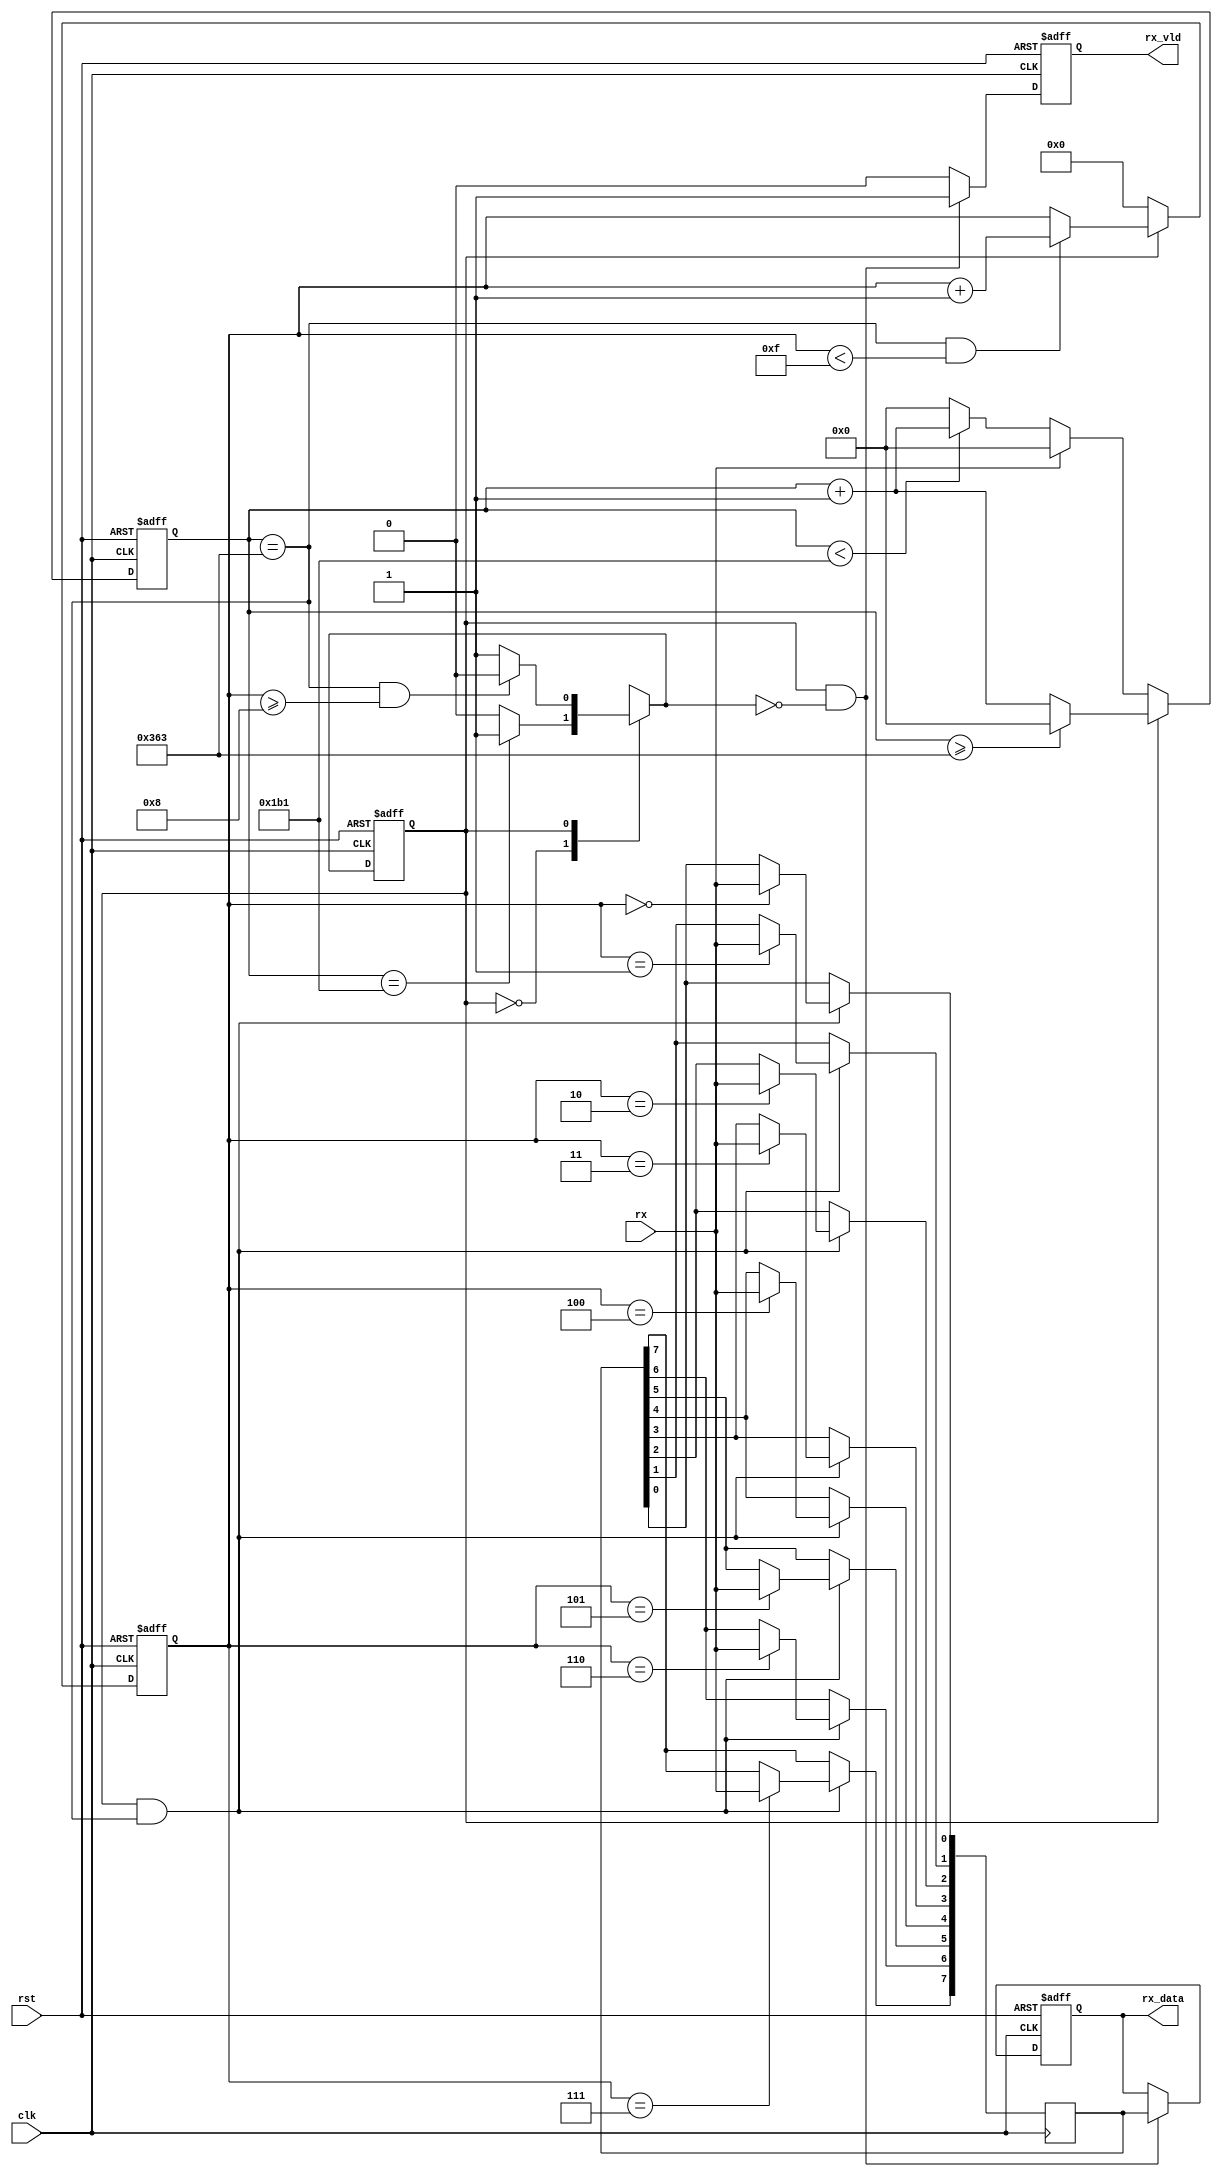
`timescale 1ns / 1ps
//////////////////////////////////////////////////////////////////////////////////
// Company: 
// Engineer: 
// 
// Design Name: 
// Module Name: uart
// Project Name: 
// Target Devices: 
// Tool Versions: 
// Description: 
// 
// Dependencies: 
// 
// Revision:
// Revision 0.01 - File Created
// Additional Comments:
// 
//////////////////////////////////////////////////////////////////////////////////


module rx(
    input clk,rst,
    input rx,
    output reg rx_vld,
    output reg [7:0] rx_data
    );
    parameter DIV_CNT = 10'd867;
    parameter HDIV_CNT = 10'd433;
    parameter RX_CNT = 4'h8;
    parameter C_IDLE = 1'b0;
    parameter C_RX = 1'b1;
    
    reg curr_state;
    reg next_state;
    reg [9:0] div_cnt;
    reg [3:0] rx_cnt;
    reg [7:0] rx_reg;
    wire rx_pulse;
    
    always@(posedge clk or posedge rst)
    begin
        if(rst)
            curr_state <= C_IDLE;
        else
            curr_state <= next_state;
    end
    always@(*)
    begin
        case(curr_state)
          C_IDLE:
            if(div_cnt==HDIV_CNT)
                next_state = C_RX;
            else
                next_state = C_IDLE;
          C_RX:
            if((div_cnt==DIV_CNT)&&(rx_cnt>=RX_CNT))
                next_state = C_IDLE;
            else
                next_state = C_RX;
        endcase
    end
    always@(posedge clk or posedge rst)
    begin
        if(rst)
            div_cnt <= 10'h0;
        else if(curr_state == C_IDLE)
        begin
            if(rx==1'b1)
                div_cnt <= 10'h0;
            else if(div_cnt < HDIV_CNT)
                div_cnt <= div_cnt + 10'h1;
            else
                div_cnt <= 10'h0;
        end
        else if(curr_state == C_RX)
        begin
            if(div_cnt >= DIV_CNT)
                div_cnt <= 10'h0;
            else
                div_cnt <= div_cnt + 10'h1;
        end
    end
    always@(posedge clk or posedge rst)
    begin
        if(rst)
            rx_cnt <= 4'h0;
        else if(curr_state == C_IDLE)
            rx_cnt <= 4'h0;
        else if((div_cnt == DIV_CNT)&&(rx_cnt<4'hF))
            rx_cnt <= rx_cnt + 1'b1;
    end

    assign rx_pulse = (curr_state==C_RX)&&(div_cnt==DIV_CNT);

    always@(posedge clk)
    begin
        if(rx_pulse)
        begin
          case(rx_cnt)
            4'h0: rx_reg[0] <= rx;
            4'h1: rx_reg[1] <= rx;
            4'h2: rx_reg[2] <= rx;
            4'h3: rx_reg[3] <= rx;
            4'h4: rx_reg[4] <= rx;
            4'h5: rx_reg[5] <= rx;
            4'h6: rx_reg[6] <= rx;
            4'h7: rx_reg[7] <= rx;
          endcase
        end
    end
    always@(posedge clk or posedge rst)
    begin
        if(rst)
        begin
            rx_vld <= 1'b0;
            rx_data <= 8'h55;
        end
        else if((curr_state==C_RX)&&(next_state==C_IDLE))
        begin
            rx_vld <= 1'b1;
            rx_data <= rx_reg;
        end
        else
            rx_vld <= 1'b0;
    end
endmodule

//////////////////////////////////////////////////////////////////////////////////

module tx(
    input clk, rst,
    output reg tx,
	input tx_ready,
	output reg tx_rd,
	input[7:0] tx_data
);
    parameter DIV_CNT = 10'd867;
    parameter HDIV_CNT = 10'd433;
    parameter TX_CNT = 4'h9;
    parameter C_IDLE = 1'b0;
    parameter C_TX = 1'b1;

    reg curr_state, next_state;
    reg[9:0] div_cnt;
    reg[4:0] tx_cnt;
    reg[7:0] tx_reg;
    always@(posedge clk or posedge rst)
    begin
    if (rst)
        curr_state <= C_IDLE;
    else
        curr_state <= next_state;
    end
    always@(*)
    begin
      case(curr_state)
        C_IDLE:
	      if (tx_ready == 1'b1)
		      next_state = C_TX;
  	      else
		      next_state = C_IDLE;
	    C_TX:
	      if ((div_cnt == DIV_CNT) && (tx_cnt >= TX_CNT))
		      next_state = C_IDLE;
		  else
		      next_state = C_TX;
	    endcase
	end
	always@(posedge clk or posedge rst)
	begin
		if (rst)
			div_cnt <= 10'h0;
		else if (curr_state == C_TX)
		begin
			if (div_cnt >= DIV_CNT)
				div_cnt <= 10'h0;
			else
				div_cnt <= div_cnt + 10'h1;
		end
		else
			div_cnt <= 10'h0;
	end
	always@(posedge clk or posedge rst)
	begin
		if (rst)
			tx_cnt <= 4'h0;
		else if (curr_state == C_TX)
		begin
			if (div_cnt == DIV_CNT)
				tx_cnt <= tx_cnt + 1'b1;
		end
		else
			tx_cnt <= 4'h0;
	end
	always@(posedge clk or posedge rst)
	begin
		if (rst)
			tx_rd <= 1'b0;
		else if ((curr_state == C_IDLE) && (tx_ready == 1'b1))
			tx_rd <= 1'b1;
		else
			tx_rd <= 1'b0;
	end
	always@(posedge clk or posedge rst)
	begin
		if (rst)
			tx_reg <= 8'b0;
		else if ((curr_state == C_IDLE) && (tx_ready == 1'b1))
			tx_reg <= tx_data;
	end
	always@(posedge clk or posedge rst)
	begin
		if (rst)
			tx <= 1'b1;
		else if (curr_state == C_IDLE)
			tx <= 1'b1;
		else if (div_cnt == 10'h0)
		begin
		  case(tx_cnt)
			4'h0: tx <= 1'b0;
			4'h1: tx <= tx_reg[0];
			4'h2: tx <= tx_reg[1];
			4'h3: tx <= tx_reg[2];
			4'h4: tx <= tx_reg[3];
			4'h5: tx <= tx_reg[4];
			4'h6: tx <= tx_reg[5];
			4'h7: tx <= tx_reg[6];
			4'h8: tx <= tx_reg[7];
			4'h9: tx <= 1'b1;
	      endcase
    	end
	end
endmodule